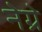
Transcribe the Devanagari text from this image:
नेग्रे